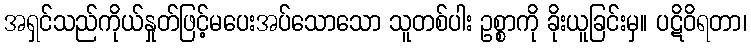
အရှင်သည်ကိုယ်နှုတ်ဖြင့်မပေးအပ်သောသော သူတစ်ပါး ဥစ္စာကို ခိုးယူခြင်းမှ။ ပဋိဝိရတာ၊